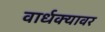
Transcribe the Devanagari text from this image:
वार्धक्यावर